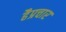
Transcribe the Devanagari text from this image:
हैप्रचार